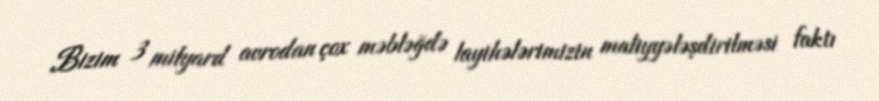
Bizim 3 milyard avrodan çox məbləğdə layihələrimizin maliyyələşdirilməsi faktı